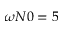
\omega N 0 = 5